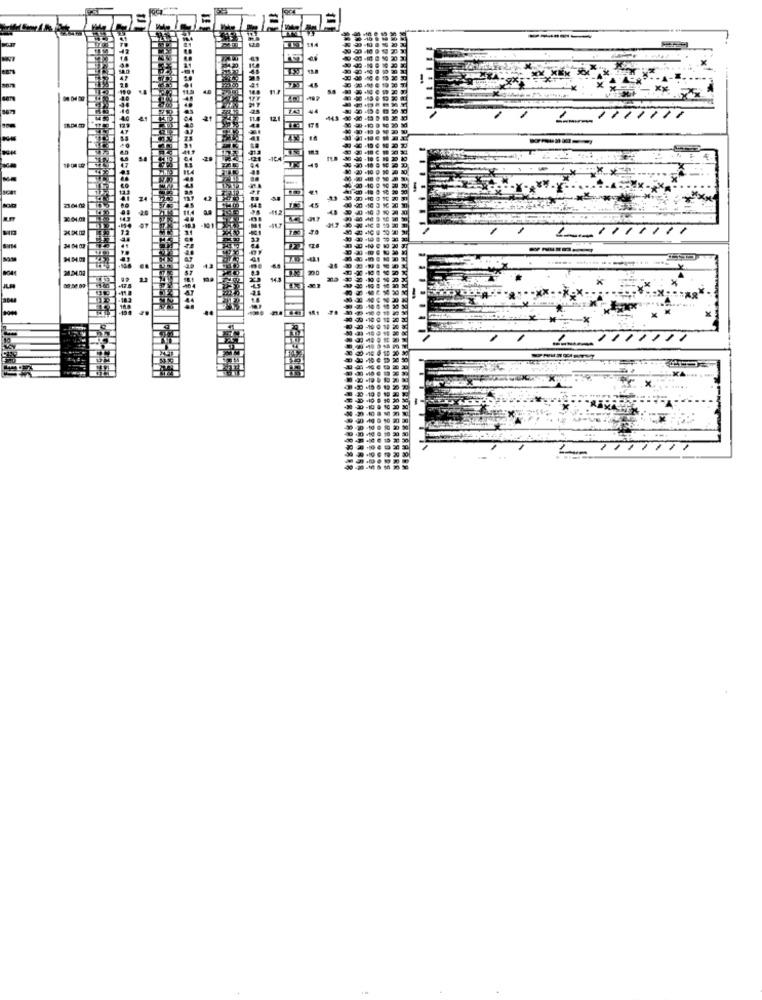
----
4.8
-
1.11/1.
-124
1.1.
-